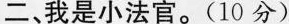
二、我是小法官。(10分)